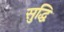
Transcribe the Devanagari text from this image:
सुद्धि